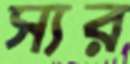
স্যর